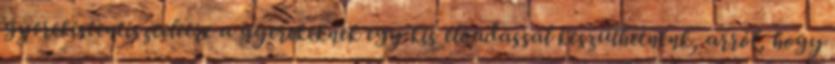
gyerekistentiszteletre a gyerekeknek egy kis előadással készülhetnénk, arról, hogy